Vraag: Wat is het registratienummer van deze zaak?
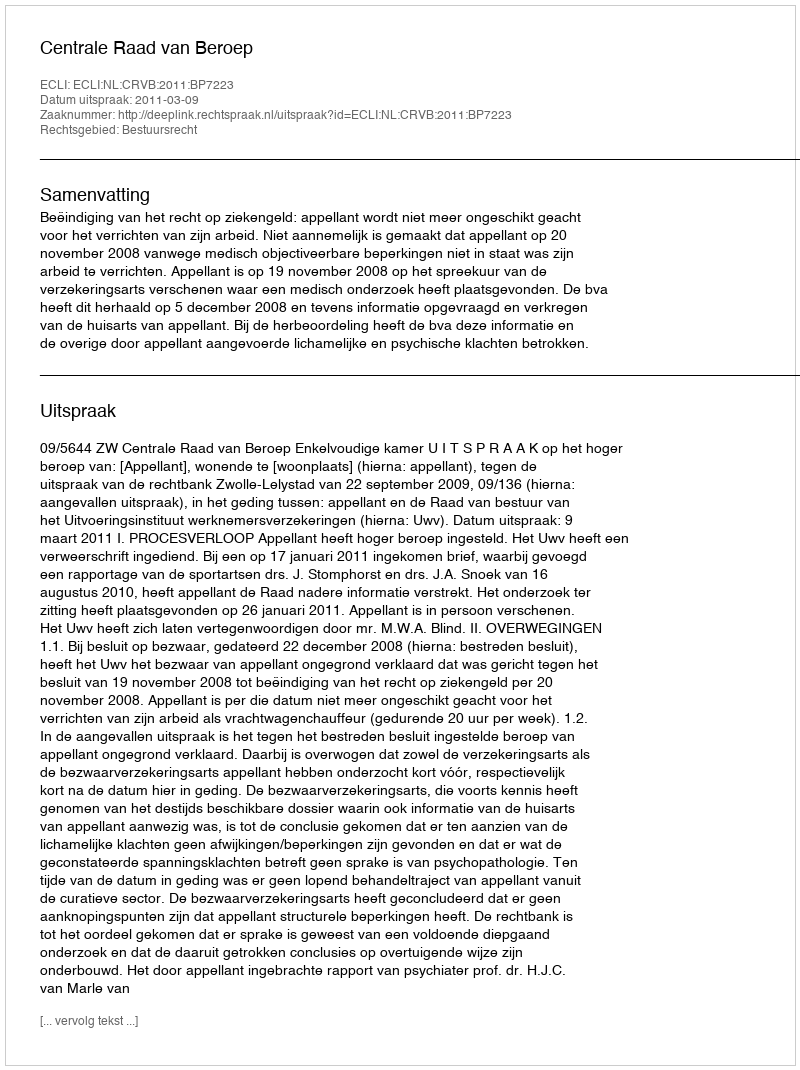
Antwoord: http://deeplink.rechtspraak.nl/uitspraak?id=ECLI:NL:CRVB:2011:BP7223